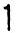
1